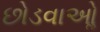
છોડવાઓૢ